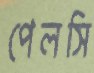
পেলসি